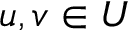
u , v \in U